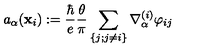
a _ { \alpha } ( { \bf x } _ { i } ) : = { \frac { \hbar } { e } } { \frac { \theta } { \pi } } \sum _ { \{ j ; j \ne i \} } \nabla _ { \alpha } ^ { ( i ) } \varphi _ { i j }